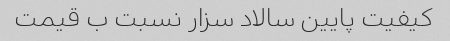
کیفیت پایین سالاد سزار نسبت ب قیمت